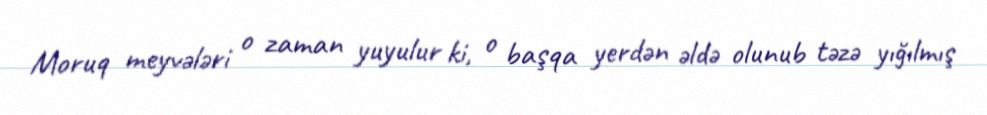
Moruq meyvələri o zaman yuyulur ki, o başqa yerdən əldə olunub təzə yığılmış